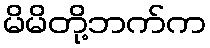
မိမိတို့ဘက်က